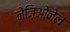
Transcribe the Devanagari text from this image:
नेज़िओनेल